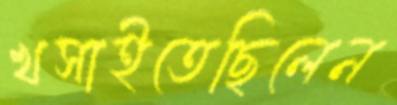
খসাইতেছিলেন